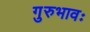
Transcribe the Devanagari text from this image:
गुरुभावः